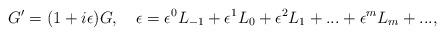
LaTeX: \begin{align*}G'=(1+i\epsilon)G,\quad\epsilon =\epsilon^0 L_{-1}+{\epsilon^{1}}L_0+{\epsilon^{2}}L_1+...+{\epsilon^{m}}L_m+... ,\end{align*}